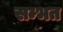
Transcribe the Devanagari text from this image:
सम्भत